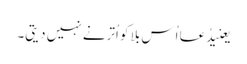
یعنیدُعا اُس بلا کو اُترنے نہیں دیتی۔